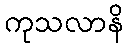
ကုသလာနိ